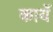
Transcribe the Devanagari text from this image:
कायॅ